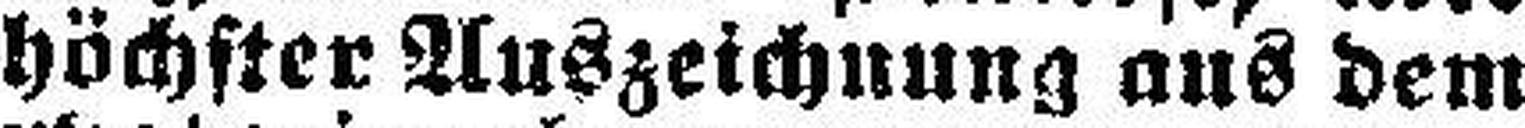
höchster Auszeichnung aus dem